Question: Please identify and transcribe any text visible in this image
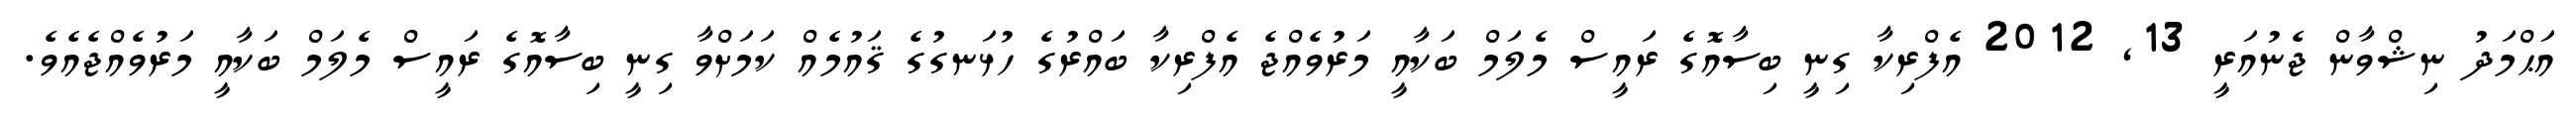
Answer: އަޙްމަދު ނިޝްވާން ޖެނުއަރީ 13, 2012 އެފްރިކާ ގިނީ ބިސާއޮގެ ރައީސް މެލަމް ބަކާއީ މަރުވެއްޖެ އެފްރިކާ ބައްރުގެ ހުޅަނގުގެ ޤައުމެއް ކަމަށްވާ ގިނީ ބިސާއޮގެ ރައީސް މެލަމް ބަކާއީ މަރުވެއްޖެއެވެ.